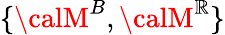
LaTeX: \{ {\calM}^{B},{\calM}^{\mathbb{R}}\}